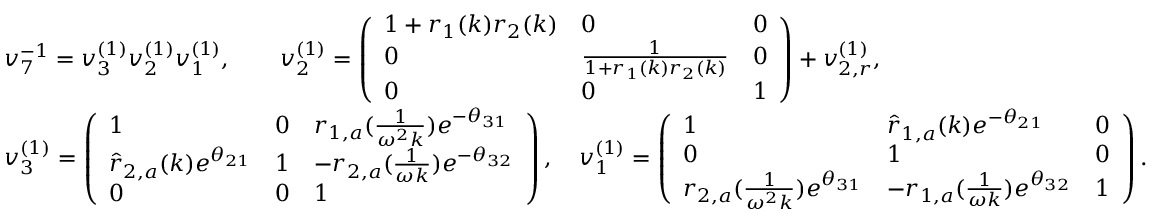
\begin{array} { r l } & { v _ { 7 } ^ { - 1 } = v _ { 3 } ^ { ( 1 ) } v _ { 2 } ^ { ( 1 ) } v _ { 1 } ^ { ( 1 ) } , \qquad v _ { 2 } ^ { ( 1 ) } = \left( \begin{array} { l l l } { 1 + r _ { 1 } ( k ) r _ { 2 } ( k ) } & { 0 } & { 0 } \\ { 0 } & { \frac { 1 } { 1 + r _ { 1 } ( k ) r _ { 2 } ( k ) } } & { 0 } \\ { 0 } & { 0 } & { 1 } \end{array} \right) + v _ { 2 , r } ^ { ( 1 ) } , } \\ & { v _ { 3 } ^ { ( 1 ) } = \left( \begin{array} { l l l } { 1 } & { 0 } & { r _ { 1 , a } ( \frac { 1 } { \omega ^ { 2 } k } ) e ^ { - \theta _ { 3 1 } } } \\ { \hat { r } _ { 2 , a } ( k ) e ^ { \theta _ { 2 1 } } } & { 1 } & { - r _ { 2 , a } ( \frac { 1 } { \omega k } ) e ^ { - \theta _ { 3 2 } } } \\ { 0 } & { 0 } & { 1 } \end{array} \right) , \quad v _ { 1 } ^ { ( 1 ) } = \left( \begin{array} { l l l } { 1 } & { \hat { r } _ { 1 , a } ( k ) e ^ { - \theta _ { 2 1 } } } & { 0 } \\ { 0 } & { 1 } & { 0 } \\ { r _ { 2 , a } ( \frac { 1 } { \omega ^ { 2 } k } ) e ^ { \theta _ { 3 1 } } } & { - r _ { 1 , a } ( \frac { 1 } { \omega k } ) e ^ { \theta _ { 3 2 } } } & { 1 } \end{array} \right) . } \end{array}